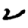
Digit: 2